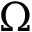
\Omega